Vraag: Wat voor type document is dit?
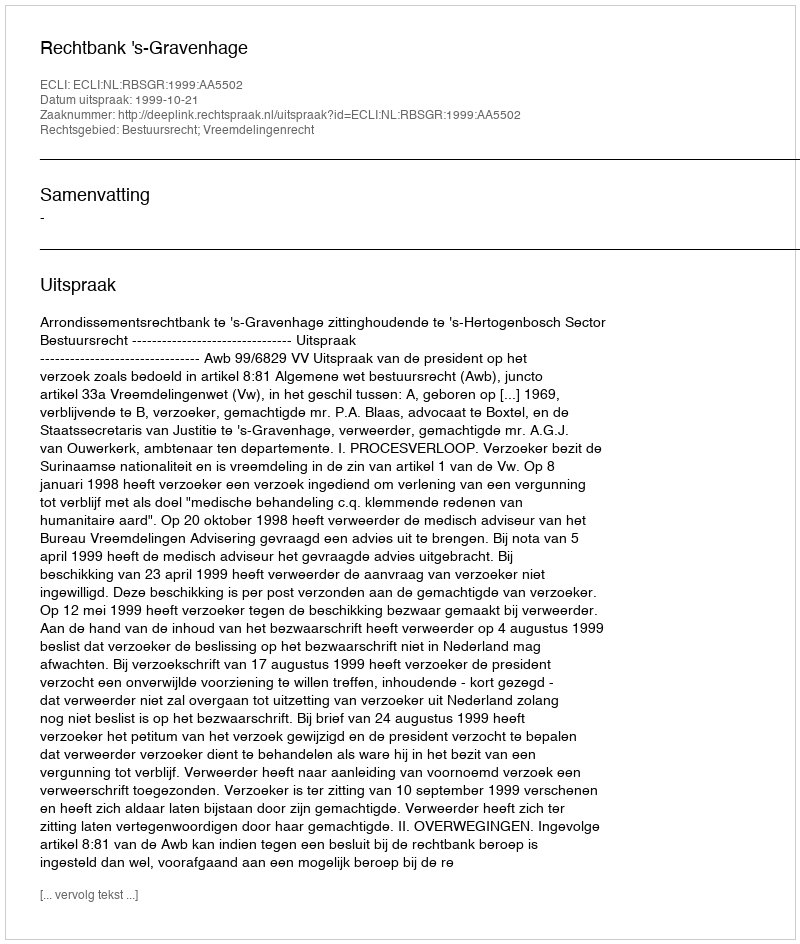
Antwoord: Uitspraak